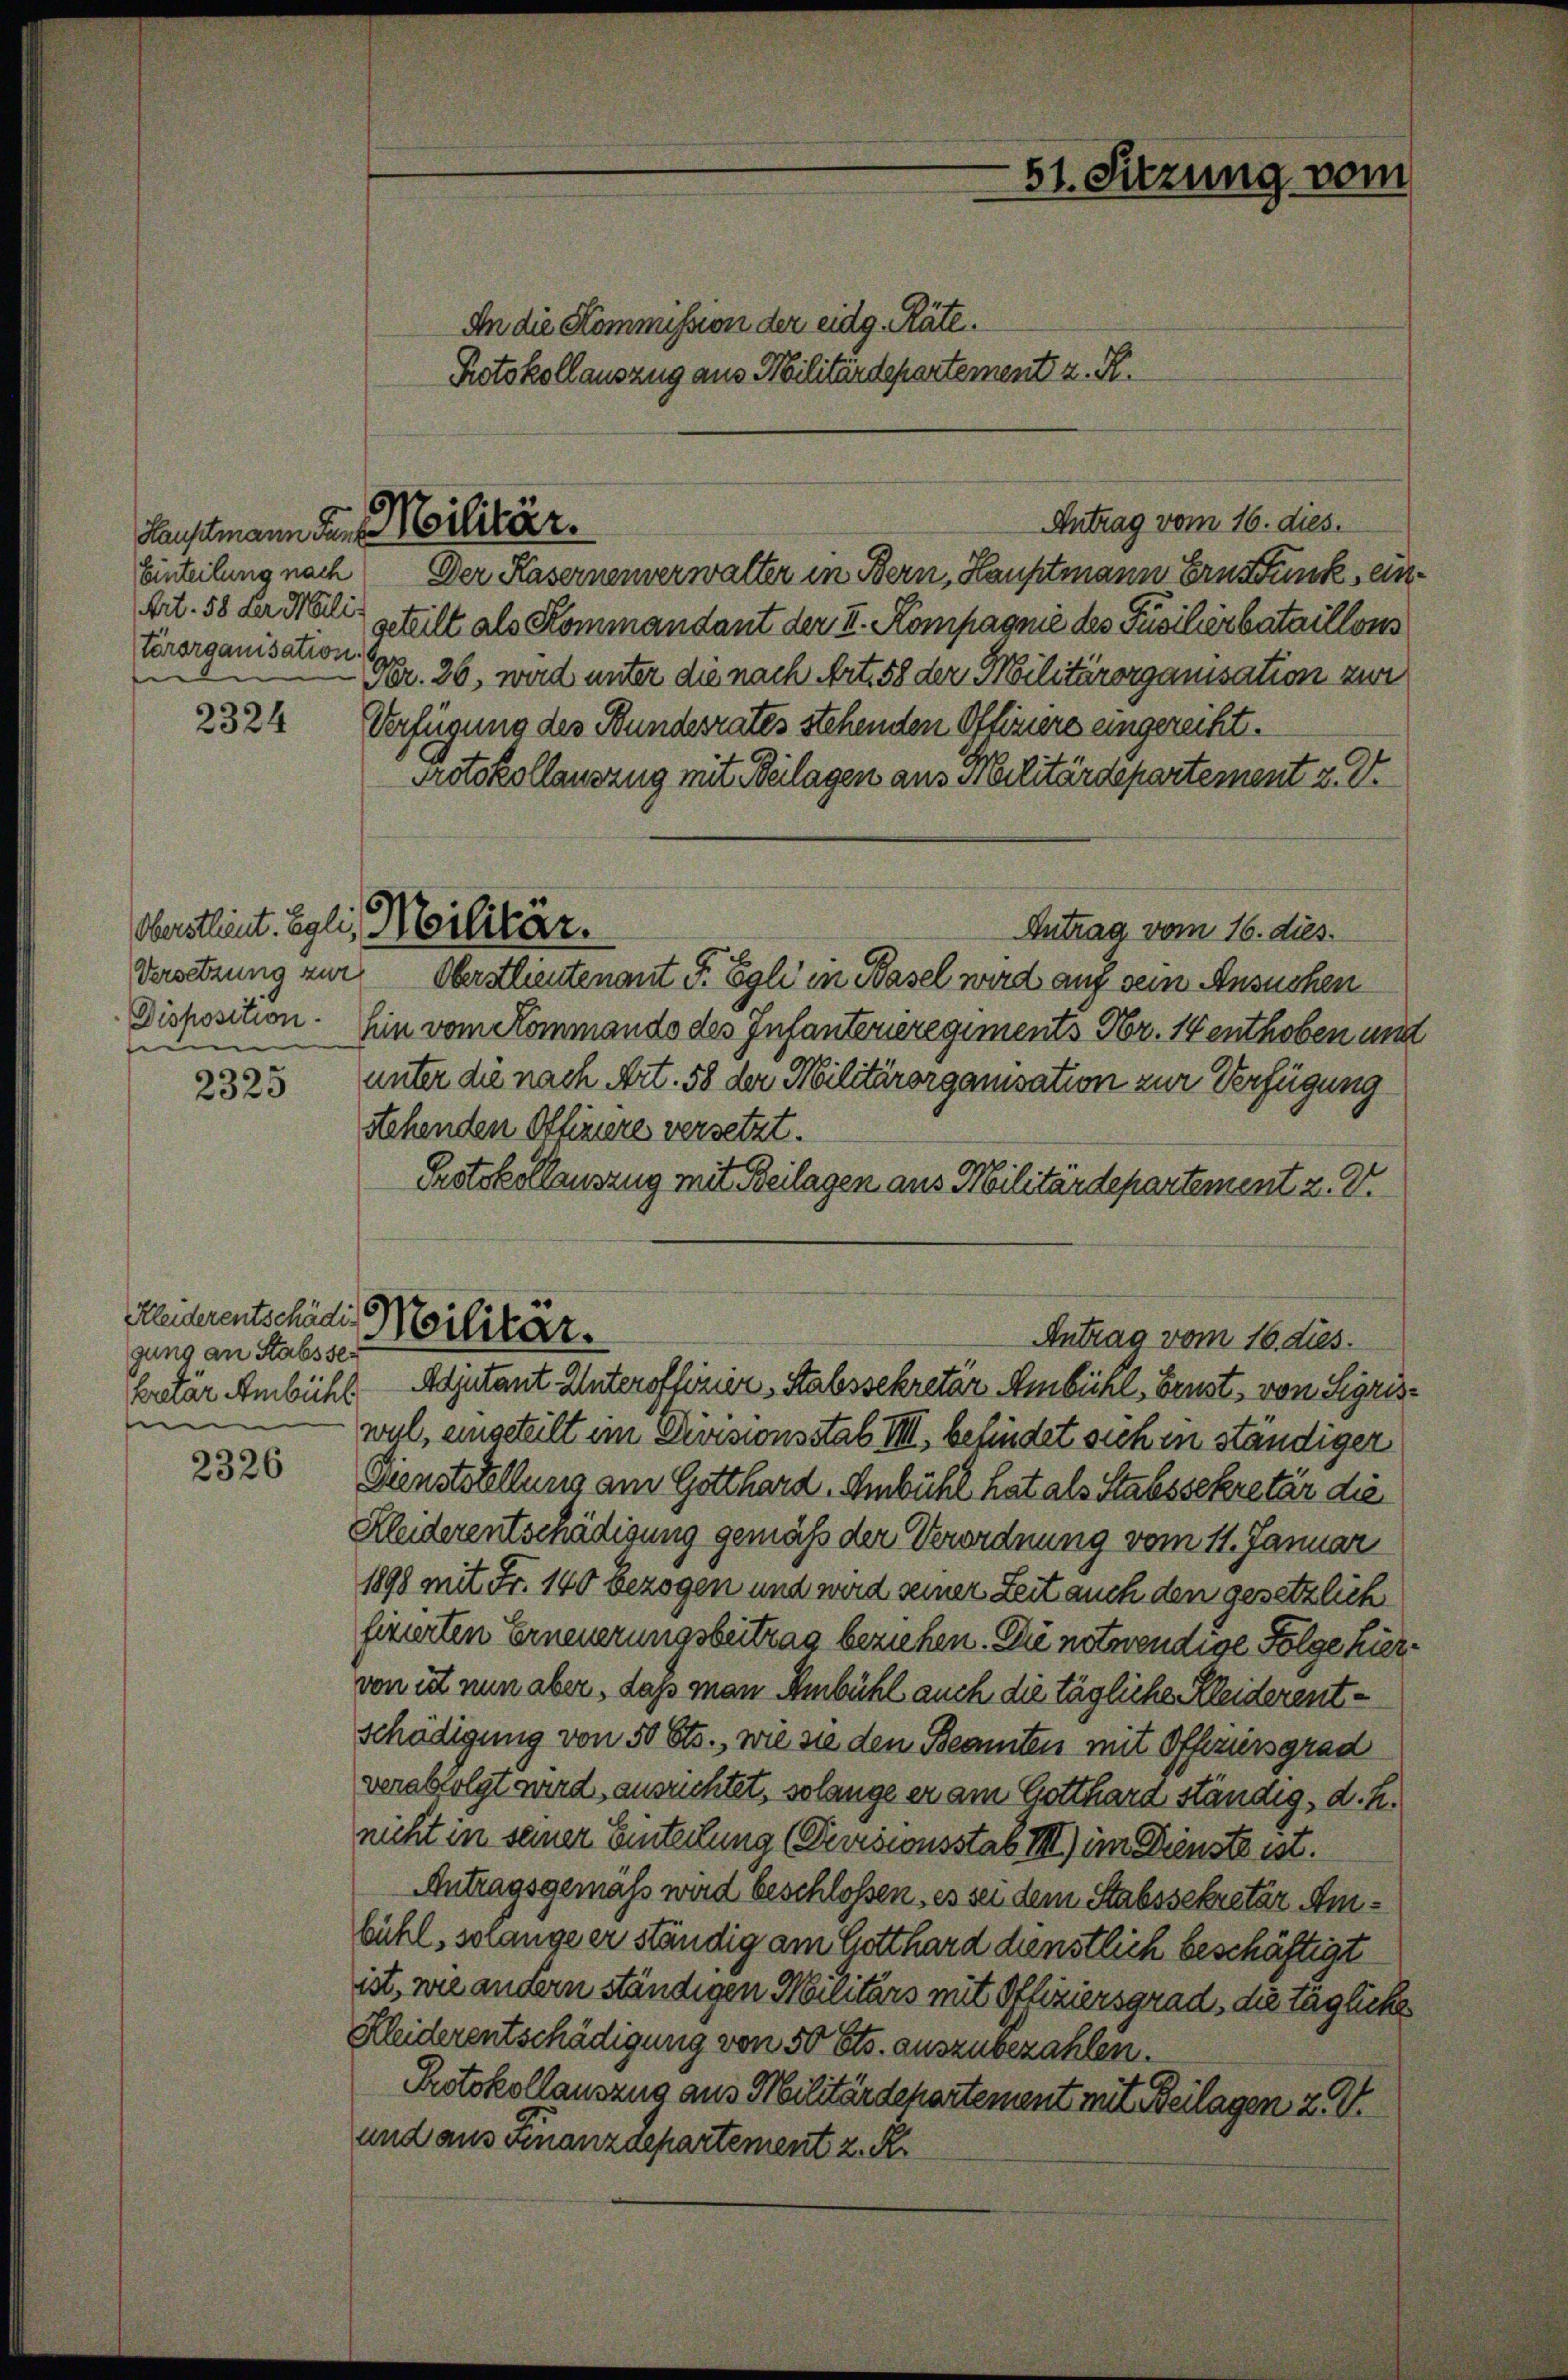
Lauptmann Funk Militär.
Einteilung nach
tärorganisation.

2324

e
2325

Kleiderentschädi
gung an Stabssee

2326

51. Sitzung vom
An die Kommission der eidg. Räte.
Protokollauszug aus Militärdepartement z. R.

5

Der Kasernenverwalter in Bern, Hauptmann Ernstunk, ein
Art. 58 der Miliz geteilt als Kommandant der II. Kompagnie des Füsilierbataillon
Nr. 26, wird unter die nach Art. 58 der Militärorganisation zur
Verfügung des Bundesrates stehenden Offiziere eingereiht.
Protokollauszug mit Beilagen aus Militärdepartement u. Dr.
Antrag vom 16. dies.
Versetzung zur Oberstlieutenant J. Egli in Basel wird auf sein Ansuchen
Dishosition. Ein vom Kommando des Infanterieregiments Nr. 14 enthoben und
unter die nach Art. 58 der Militärorganisation zur Verfügung
stehenden Offiziere versetzt.
Protokollauszug mit Beilagen aus Militärdepartement z. B.
Militar.
Antrag vom 16. dies.
kretär Ambühl Adjutant Unteroffonier, Stabssekretär Ambühl, Brust, von Sigris
wul, eingeteilt im Divisionsstab VIII. befindet sich in ständiger
Dienststellung am Gotthard, Embühl hat als Stabssekretär die
Kleiderentschädigung gemäß der Verordnung vom 11. Januar
1898 mit Fr. 140 bezogen und wird seiner Zeit auch den gesetzlich
fizierten Erneuerungsbeitrag beziehen. Die notwendige Folge hiervon ist nun aber, daß man Ambühl auch die tägliche Kleiderent¬
Schädigung von 50 Cts., wie sie den Beamten mit Offiziersgrad
verabfolgt wird, ausrichtet, solange er am Gotthard ständig, d. h.
nicht in seiner Einteilung (Devisionsstab III) im Dienste ist.
Antragsgemäß wird beschlossen, es sei dem Stabssekretär Ambühl, solange er ständig am Gotthard dienstlich beschäftigt
ist, wie andern ständigen Militärs mit Offiziersgrad, die tägliche
Kleiderentschädigung von 50 Cts. auszubezahlen.
Protokollauszug aus Militärdepartement mit Beilagen Z V
und aus Finanzdepartement z. R.

Oberstlieut. Egli, Militär.

Antrag vom 16. dies.

1

6